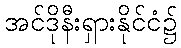
အင်ဒိုနီးရှားနိုင်ငံ၌